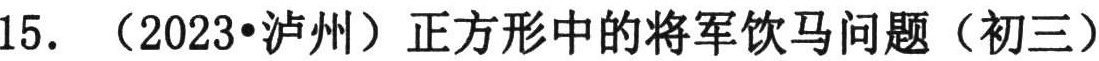
15. （2023•泸州）正方形中的将军饮马问题（初三）